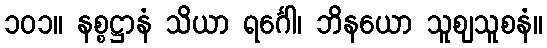
၁၀၁။ နစ္စဋ္ဌာနံ သိယာ ရင်္ဂေါ၊ ဘိနယော သူစျသူစနံ။